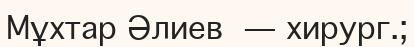
Мұхтар Әлиев — хирург.;